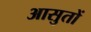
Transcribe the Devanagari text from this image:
आसुतों